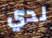
لدي